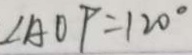
\angle A O P = 1 2 0 ^ { \circ }